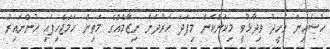
ހުސައިން ވަހީދު ވިދާޅުވީ މިކަންކަން މިފަދަ ހަރުދަނާ ނިޒާމެއްގެ މަތިން ހަމަޖެހިފައި ހުންނައިރު